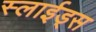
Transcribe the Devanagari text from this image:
स्लाईड्स